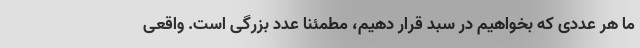
ما هر عددی که بخواهیم در سبد قرار دهیم، مطمئنا عدد بزرگی است. واقعی